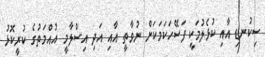
ސިކުނޑި އާއި ކުޅެލުމަކީ ފަސޭހަކަމަކަށް ނުވާތީ އާއި އަދި އިސްލާމީ އުއްމަތުގެ ކުރީކޮޅު